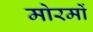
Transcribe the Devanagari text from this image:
मोरमों